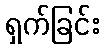
ရှက်ခြင်း